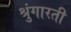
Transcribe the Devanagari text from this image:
श्रुंगारती